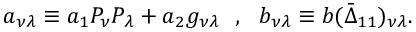
a _ { \nu \lambda } \equiv a _ { 1 } P _ { \nu } P _ { \lambda } + a _ { 2 } g _ { \nu \lambda } ~ ~ , ~ ~ b _ { \nu \lambda } \equiv b ( \bar { \Delta } _ { 1 1 } ) _ { \nu \lambda } .